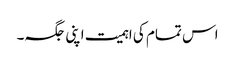
اس تمام کی اہمیت اپنی جگہ۔